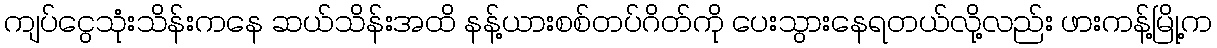
ကျပ်ငွေသုံးသိန်းကနေ ဆယ်သိန်းအထိ နန့်ယားစစ်တပ်ဂိတ်ကို ပေးသွားနေရတယ်လို့လည်း ဖားကန့်မြို့က